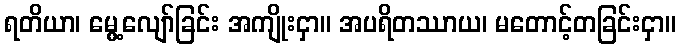
ရတိယာ၊ မွေ့လျော်ခြင်း အကျိုးငှာ။ အပရိတဿာယ၊ မတောင့်တခြင်းငှာ။